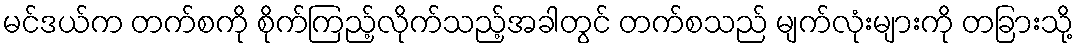
မင်ဒယ်က တက်စကို စိုက်ကြည့်လိုက်သည့်အခါတွင် တက်စသည် မျက်လုံးများကို တခြားသို့